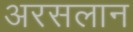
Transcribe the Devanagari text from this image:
अरसलान